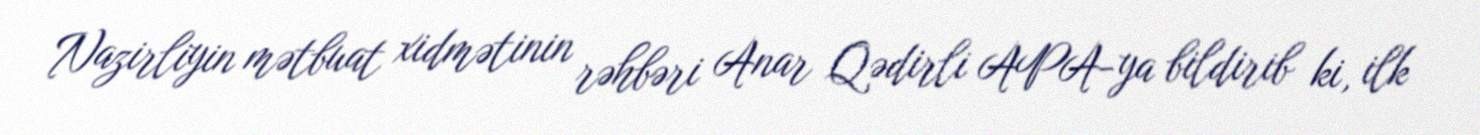
Nazirliyin mətbuat xidmətinin rəhbəri Anar Qədirli APA-ya bildirib ki, ilk